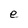
Character: e